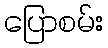
ပြောစမ်း